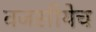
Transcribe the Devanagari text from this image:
वजसीयेच